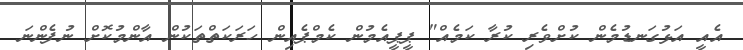
އެއީ އަޅުގަނޑުމެން ކުށްވެރި ކުރާ ކަމެއް" ޕީޕީއެމުން ކެމްޕެއިން ހަރަކަތްތަކުން އާންމުކޮށް ނުފެންނަ